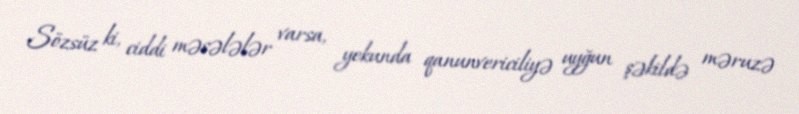
Sözsüz ki, ciddi məsələlər varsa, yekunda qanunvericiliyə uyğun şəkildə məruzə